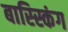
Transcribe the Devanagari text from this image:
बास्स्किंग